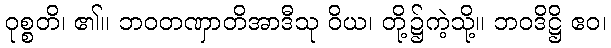
ဝုစ္စတိ၊ ၏။ ဘဝတဏှာတိအာဒီသု ဝိယ၊ တို့၌ကဲ့သို့။ ဘဝဒိဋ္ဌိ ဧဝ၊